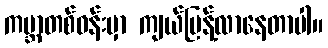
ကမ္ဘာတစ်ဝန်းမှာ ကျယ်ပြန့်လာနေတာပါ။